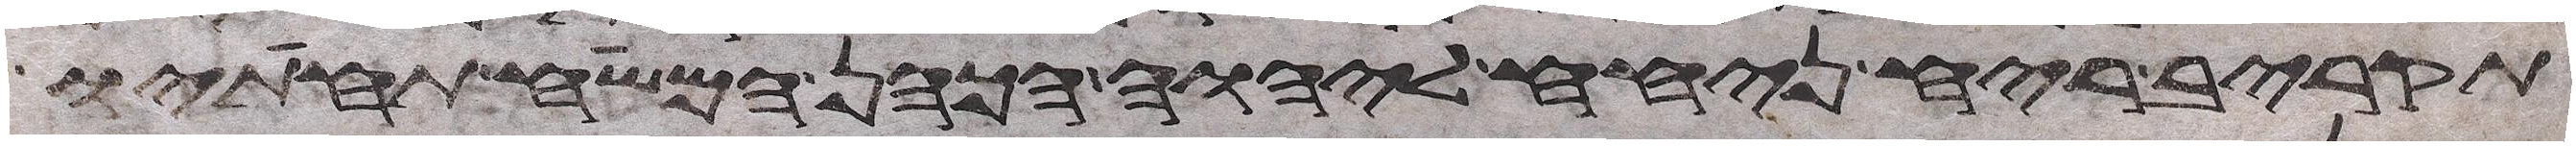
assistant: תקריב ריח ניחח ליהוה הכהן המשיח תחתיו